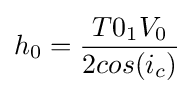
h_{0}={T0_{1}V_{0} \over 2cos(i_{c})}